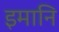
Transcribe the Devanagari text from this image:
इमानि